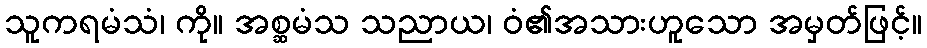
သူကရမံသံ၊ ကို။ အစ္ဆမံသ သညာယ၊ ဝံ၏အသားဟူသော အမှတ်ဖြင့်။